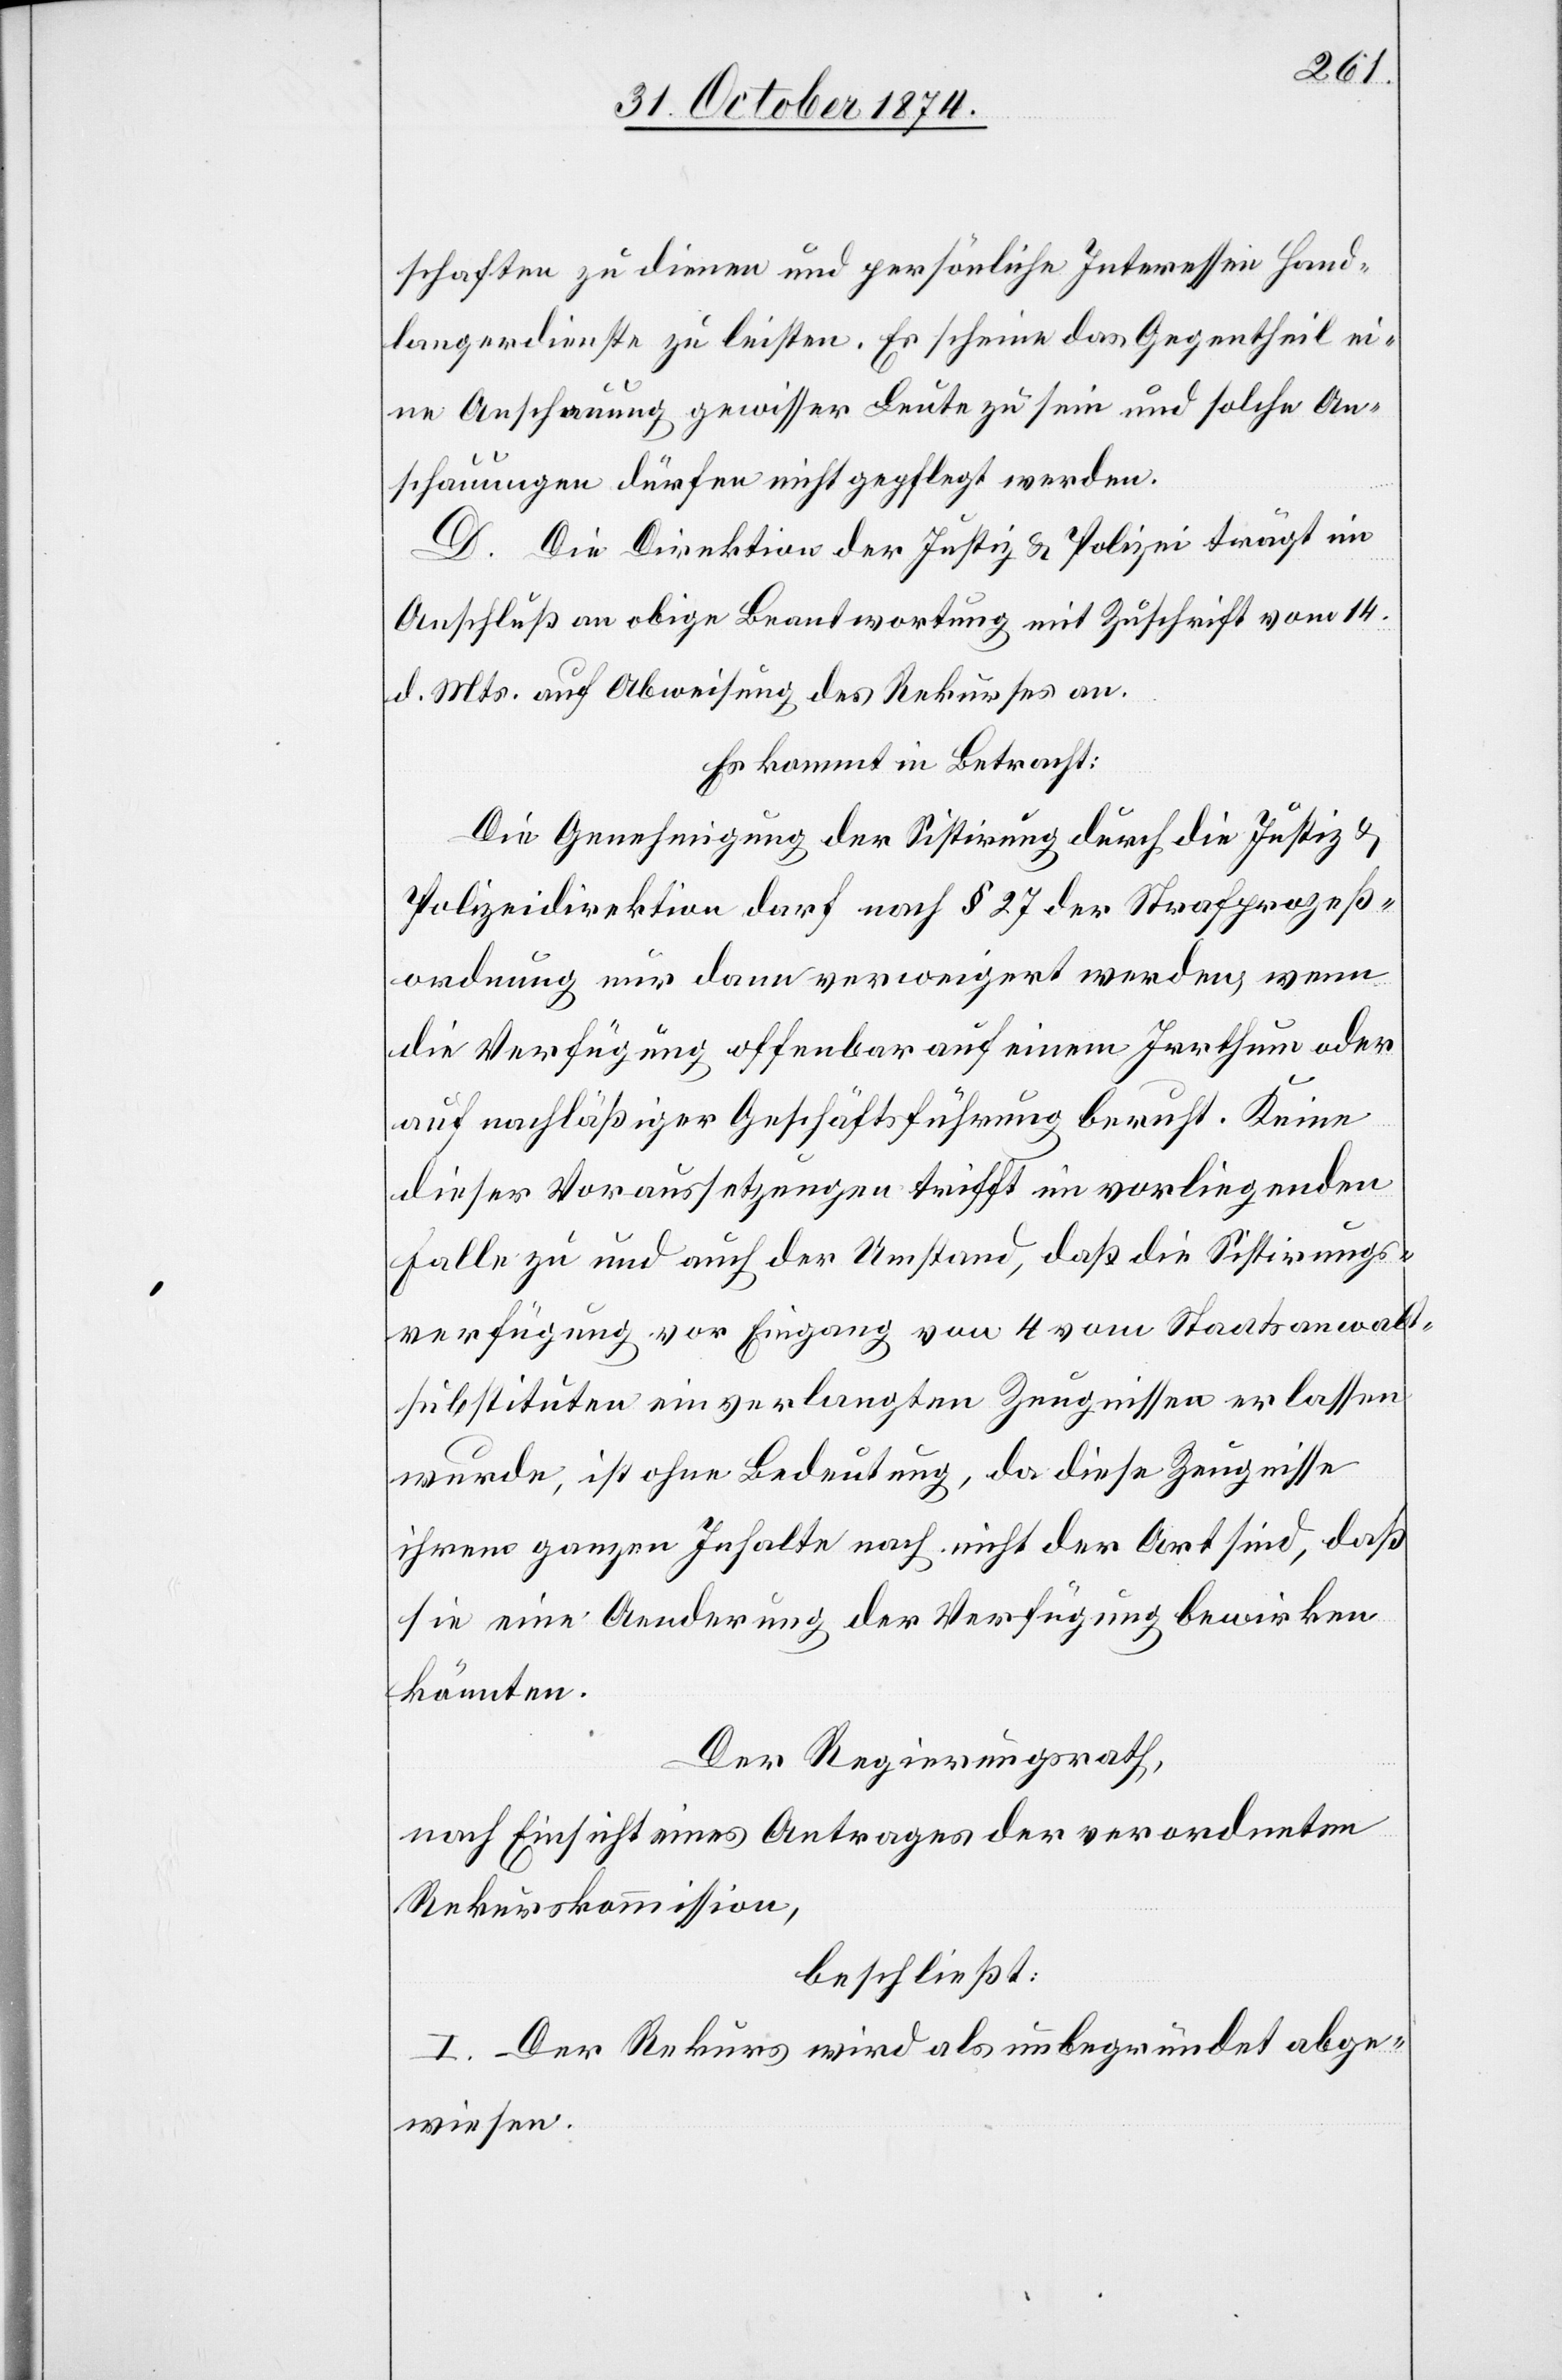
schaften zu dienen und persönliche Interessen Hand¬
langerdienste zu leisten. Es scheine das Gegentheil ei¬
ne Anschauung gewisser Leute zu sein und solche An¬
schauungen dürfen nicht gepflegt werden.
D. Die Direktion der Justiz & Polizei trägt im
Anschluß an obige Beantwortung mit Zuschrift vom 14.
d. Mts. auf Abweisung des Rekurses an.
Es kommt in Betracht:
Die Genehmigung der Sistirung durch die Justiz[-]
Polizeidirektion darf nach § 27 der Strafprozeß¬
ordnung nur dann verweigert werden, wenn
die Verfügung offenbar auf einem Irrthum oder
auf nachläßiger Geschäftsführung beruht. Keine
dieser Voraussetzungen trifft im vorliegenden
Falle zu und auch der Umstand, daß die Sistirungs¬
verfügung vor Eingang von 4 vom Staatsanwalt¬
substituten einverlangten Zeugnissen erlassen
wurde, ist ohne Bedeutung, da diese Zeugnisse
ihrem ganzen Inhalte nach nicht der Art sind, daß
sie eine Aenderung der Verfügung bewirken
könnten.
Der Regierungsrath,
nach Einsicht eines Antrages der verordneten
Rekurskommission,
beschließt:
I. Der Rekurs wird als unbegründet abge¬
wiesen.